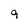
Character: q